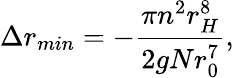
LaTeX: \Delta r_{min}=-\frac{\pi n^{2}r_{H}^{8}}{2gNr_{0}^{7}},